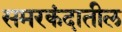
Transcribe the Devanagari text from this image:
समरकंदातील